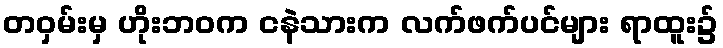
တဝှမ်းမှ ဟိုးဘဝက ငနဲသားက လက်ဖက်ပင်များ ရာထူး၌